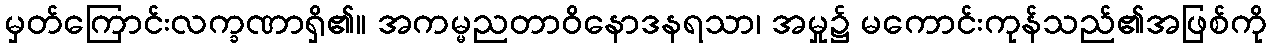
မှတ်ကြောင်းလက္ခဏာရှိ၏။ အကမ္မညတာဝိနောဒနရသာ၊ အမှု၌ မကောင်းကုန်သည်၏အဖြစ်ကို